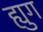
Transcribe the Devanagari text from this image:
ह्युग